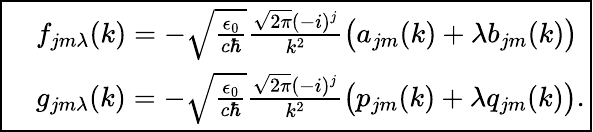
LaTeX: \boxed{\begin{array}{rl}&{f_{jm\lambda}(k)=-\sqrt{\frac{\epsilon_{0}}{c\hbar}}\frac{\sqrt{2\pi}(-i)^{j}}{k^{2}}\big(a_{jm}(k)+\lambda b_{jm}(k)\big)}\\ &{g_{jm\lambda}(k)=-\sqrt{\frac{\epsilon_{0}}{c\hbar}}\frac{\sqrt{2\pi}(-i)^{j}}{k^{2}}\big(p_{jm}(k)+\lambda q_{jm}(k)\big).}\end{array}}